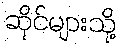
ဆိုင်များသို့